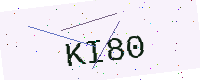
Text: KI80